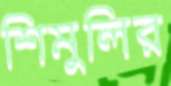
শিমুলির